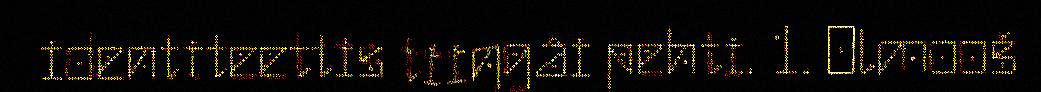
identiteettis tiiŋgâi pehti. 1. Olmooš